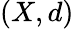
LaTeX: (X,d)